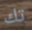
تك